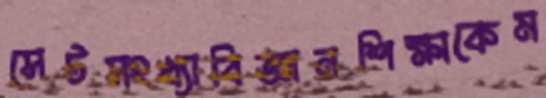
সেটসংখ্যাবিজ্ঞানশিক্ষাকেম